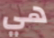
هي